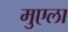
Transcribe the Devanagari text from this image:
मुएला